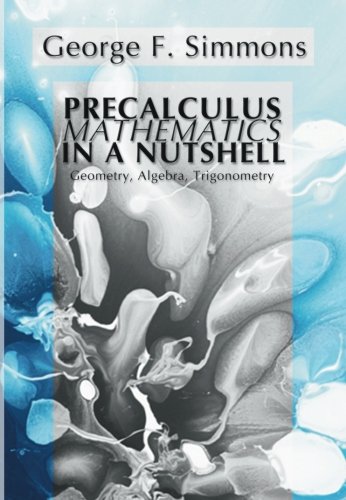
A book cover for Precalculus Mathematics in a Nutshell:  Geometry, Algebra, Trigonometry:; George F. Simmons; Science & Math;